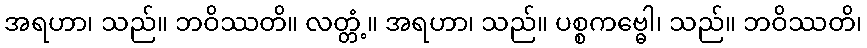
အရဟာ၊ သည်။ ဘဝိဿတိ။ လတ္တံ့။ အရဟာ၊ သည်။ ပစ္စကဗ္ဓေါ၊ သည်။ ဘဝိဿတိ၊